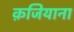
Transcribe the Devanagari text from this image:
क़जियाना